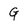
Character: G